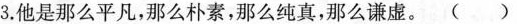
3.他是那么平凡，那么朴素，那么纯真，那么谦虚。()